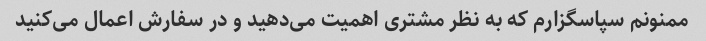
ممنونم سپاسگزارم که به نظر مشتری اهمیت می‌دهید و در سفارش اعمال می‌کنید